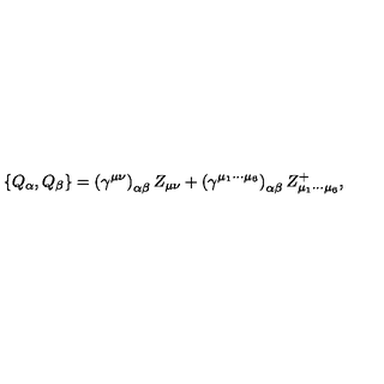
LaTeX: \left\{ Q _ { \alpha } , Q _ { \beta } \right\} = \left( \gamma ^ { \mu \nu } \right) _ { \alpha \beta } Z _ { \mu \nu } + \left( \gamma ^ { \mu _ { 1 } \cdots \mu _ { 6 } } \right) _ { \alpha \beta } Z _ { \mu _ { 1 } \cdots \mu _ { 6 } } ^ { + } ,